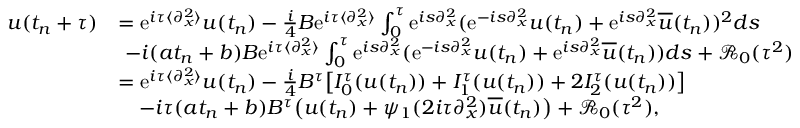
\begin{array} { r l } { u ( t _ { n } + \tau ) } & { = \mathrm { e } ^ { i \tau \langle \partial _ { x } ^ { 2 } \rangle } u ( t _ { n } ) - \frac { i } { 4 } B \mathrm { e } ^ { i \tau \langle \partial _ { x } ^ { 2 } \rangle } \int _ { 0 } ^ { \tau } \mathrm { e } ^ { i s \partial _ { x } ^ { 2 } } ( \mathrm { e } ^ { - i s \partial _ { x } ^ { 2 } } u ( t _ { n } ) + \mathrm { e } ^ { i s \partial _ { x } ^ { 2 } } \overline { { u } } ( t _ { n } ) ) ^ { 2 } d s } \\ & { \ - i ( a t _ { n } + b ) B \mathrm { e } ^ { i \tau \langle \partial _ { x } ^ { 2 } \rangle } \int _ { 0 } ^ { \tau } \mathrm { e } ^ { i s \partial _ { x } ^ { 2 } } ( \mathrm { e } ^ { - i s \partial _ { x } ^ { 2 } } u ( t _ { n } ) + \mathrm { e } ^ { i s \partial _ { x } ^ { 2 } } \overline { { u } } ( t _ { n } ) ) d s + \mathcal { R } _ { 0 } ( \tau ^ { 2 } ) } \\ & { = \mathrm { e } ^ { i \tau \langle \partial _ { x } ^ { 2 } \rangle } u ( t _ { n } ) - \frac { i } { 4 } B ^ { \tau } \big [ I _ { 0 } ^ { \tau } ( u ( t _ { n } ) ) + I _ { 1 } ^ { \tau } ( u ( t _ { n } ) ) + 2 I _ { 2 } ^ { \tau } ( u ( t _ { n } ) ) \big ] } \\ & { \quad - i \tau ( a t _ { n } + b ) B ^ { \tau } \big ( u ( t _ { n } ) + \psi _ { 1 } ( 2 i \tau \partial _ { x } ^ { 2 } ) \overline { { u } } ( t _ { n } ) \big ) + \mathcal { R } _ { 0 } ( \tau ^ { 2 } ) , } \end{array}